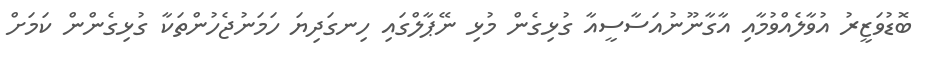
ބޮޑުވަޒީރު އުވާލެއްވުމާއި އާގާނޫނުއަސާސީއާ ގުޅިގެން މުޅި ނޭޕާލްގައި ހިނގަދިޔަ ހަމަނުޖެހުންތަކާ ގުޅިގެންން ކަމަށް